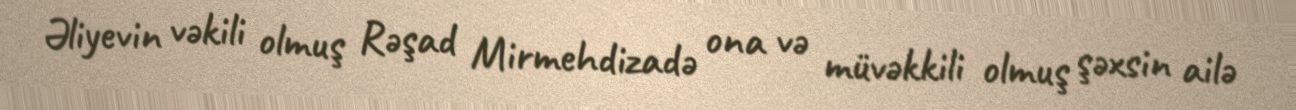
Əliyevin vəkili olmuş Rəşad Mirmehdizadə ona və müvəkkili olmuş şəxsin ailə